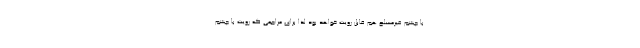
با چشم غیرمسلح هم قابل رویت خواهد بود لذا برای مراجعی که رویت با چشم